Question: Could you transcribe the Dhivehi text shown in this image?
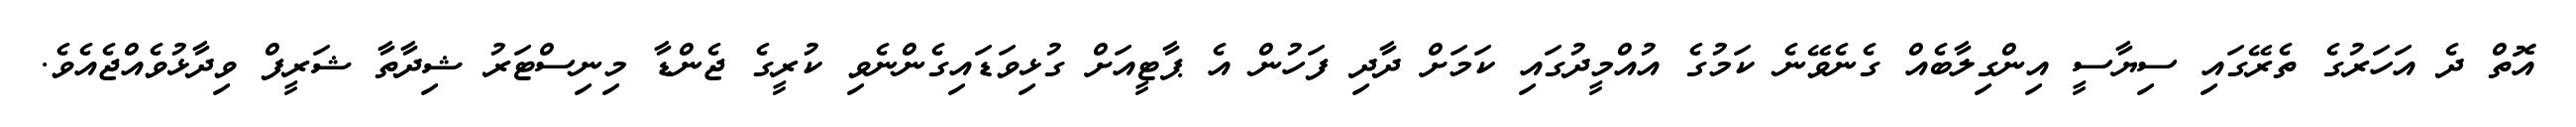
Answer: އޮތް ދެ އަހަރުގެ ތެރޭގައި ސިޔާސީ އިންގިލާބެއް ގެނެވޭނެ ކަމުގެ އުއްމީދުގައި ކަމަށް ދާދި ފަހުން އެ ޕާޓީއަށް ގުޅިވަޑައިގެންނެވި ކުރީގެ ޖެންޑާ މިނިސްޓަރު ޝިދާތާ ޝަރީފް ވިދާޅުވެއްޖެއެވެ.